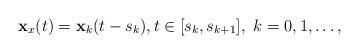
LaTeX: \begin{align*}\mathbf{x}_x(t)=\mathbf{x}_k(t-s_k), t\in[s_k,s_{k+1}],\ k=0,1,\ldots,\end{align*}